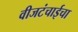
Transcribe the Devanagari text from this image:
वीजटंचाईचा